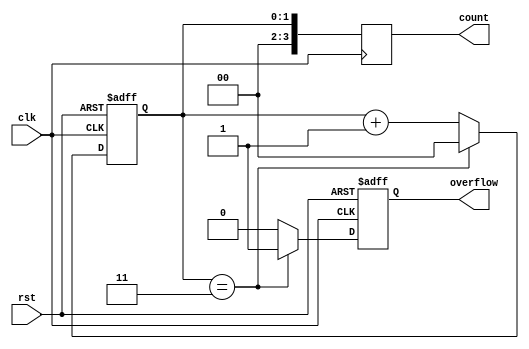
module divide_by_n_counter #(
    parameter N = 4  // Set default value for N (can be overridden)
)(
    input wire clk,         // Clock signal
    input wire rst,         // Asynchronous reset signal
    output reg [N-1:0] count, // Binary output count
    output reg overflow     // Overflow signal
);

    // Determine the number of bits required for counting
    localparam COUNT_WIDTH = $clog2(N); // Calculate bits needed for counter

    // Register for the counter
    reg [COUNT_WIDTH-1:0] counter;

    // Always block for counter logic
    always @(posedge clk or posedge rst) begin
        if (rst) begin
            counter <= 0;         // Reset counter
            overflow <= 0;       // Reset overflow signal
        end else begin
            if (counter == (N - 1)) begin
                counter <= 0;     // Reset counter to zero
                overflow <= 1;     // Assert overflow signal
            end else begin
                counter <= counter + 1; // Increment counter
                overflow <= 0;         // Deassert overflow signal
            end
        end
    end

    // Assigns the counter value to the output
    always @(posedge clk) begin
        count <= counter; // Output current count
    end

endmodule